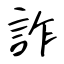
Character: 詐